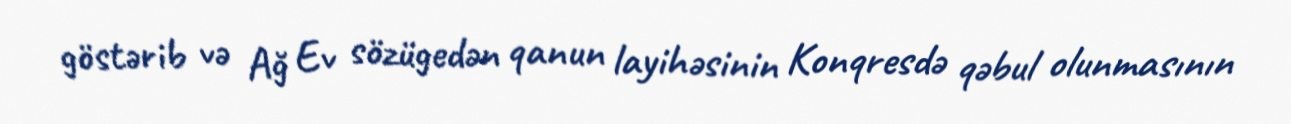
göstərib və Ağ Ev sözügedən qanun layihəsinin Konqresdə qəbul olunmasının